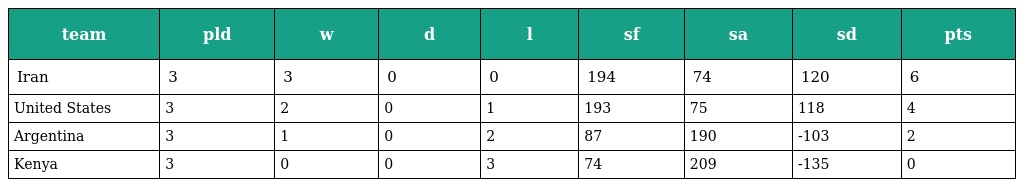
| team | pld | w | d | l | sf | sa | sd | pts |
 | --- | --- | --- | --- | --- | --- | --- | --- | --- |
 | Iran | 3 | 3 | 0 | 0 | 194 | 74 | 120 | 6 |
 | United States | 3 | 2 | 0 | 1 | 193 | 75 | 118 | 4 |
 | Argentina | 3 | 1 | 0 | 2 | 87 | 190 | -103 | 2 |
 | Kenya | 3 | 0 | 0 | 3 | 74 | 209 | -135 | 0 |